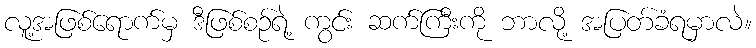
လူ့အဖြစ်ရောက်မှ ဒီဖြစ်စဉ်ရဲ့ ကွင်း ဆက်ကြီးကို ဘာလို့ အပြတ်ခံရမှာလဲ။